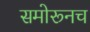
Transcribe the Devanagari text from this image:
समोरूनच